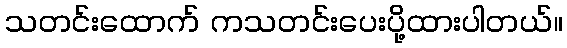
သတင်းထောက် ကသတင်းပေးပို့ထားပါတယ်။